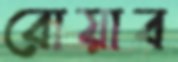
রোয়াব